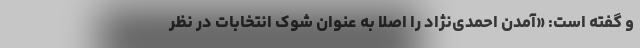
و گفته است: «آمدن احمدی‌نژاد را اصلا به عنوان شوک انتخابات در نظر